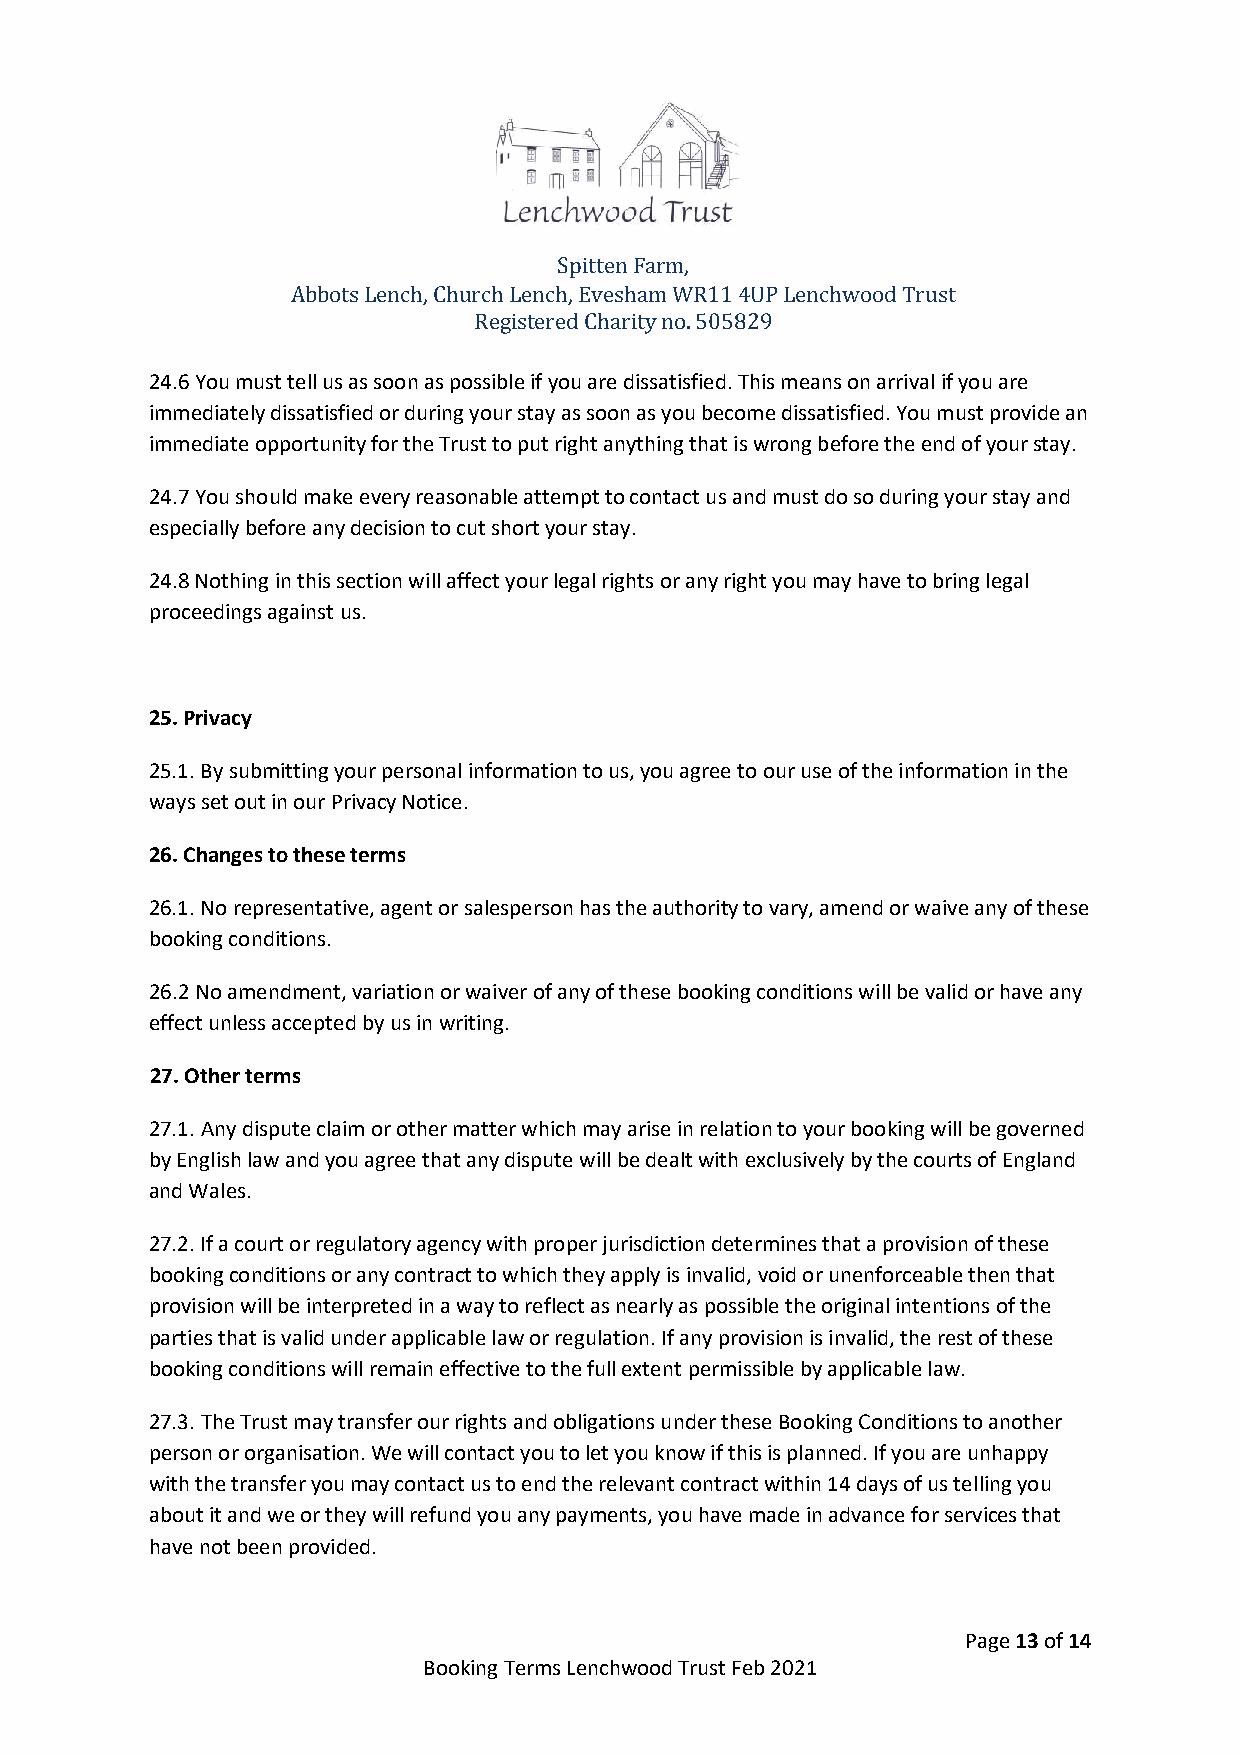
Spitten Farm,
 Abbots Lench, Church Lench, Evesham WR11 4UP Lenchwood Trust
 Registered Charity no. 505829
 24.6 You must tell us as soon as possible if you are dissatisfied. This means on arrival if you are
 immediately dissatisfied or during your stay as soon as you become dissatisfied. You must provide an
 immediate opportunity for the Trust to put right anything that is wrong before the end of your stay.
 24.7 You should make every reasonable attempt to contact us and must do so during your stay and
 especially before any decision to cut short your stay.
 24.8 Nothing in this section will affect your legal rights or any right you may have to bring legal
 proceedings against us.
 25. Privacy
 25.1. By submitting your personal information to us, you agree to our use of the information in the
 ways set out in our Privacy Notice.
 26. Changes to these terms
 26.1. No representative, agent or salesperson has the authority to vary, amend or waive any of these
 booking conditions.
 26.2 No amendment, variation or waiver of any of these booking conditions will be valid or have any
 effect unless accepted by us in writing.
 27. Other terms
 27.1. Any dispute claim or other matter which may arise in relation to your booking will be governed
 by English law and you agree that any dispute will be dealt with exclusively by the courts of England
 and Wales.
 27.2. If a court or regulatory agency with proper jurisdiction determines that a provision of these
 booking conditions or any contract to which they apply is invalid, void or unenforceable then that
 provision will be interpreted in a way to reflect as nearly as possible the original intentions of the
 parties that is valid under applicable law or regulation. If any provision is invalid, the rest of these
 booking conditions will remain effective to the full extent permissible by applicable law.
 27.3. The Trust may transfer our rights and obligations under these Booking Conditions to another
 person or organisation. We will contact you to let you know if this is planned. If you are unhappy
 with the transfer you may contact us to end the relevant contract within 14 days of us telling you
 about it and we or they will refund you any payments, you have made in advance for services that
 have not been provided.
 Page 13 of 14
 Booking Terms Lenchwood Trust Feb 2021